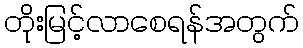
တိုးမြင့်လာစေရန်အတွက်